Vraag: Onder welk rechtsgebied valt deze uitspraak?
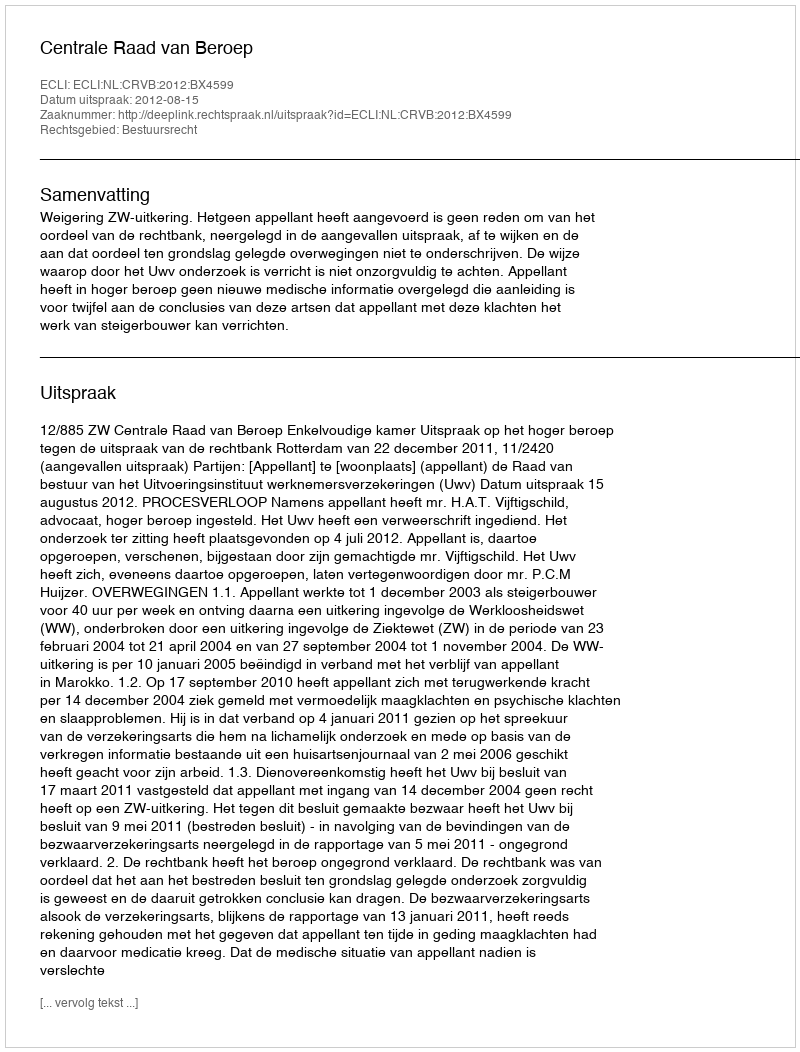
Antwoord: Bestuursrecht